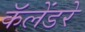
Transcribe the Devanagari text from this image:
कॅलेंडरे